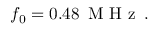
f _ { 0 } = 0 . 4 8 \, \mathrm { ~ M ~ H ~ z ~ } \, .